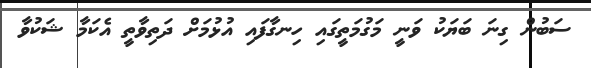
ސަބުން ގިނަ ބަޔަކު ވަނީ މަގުމަތީގައި ހިނގާފައި އުޅުމަށް ދަތިވާތީ އެކަމާ ޝަކުވާ